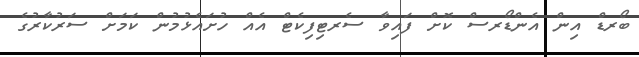
ބޯރޑް އިން އެންޑޯރސް ކޮށް ފައިވާ ސެރޓިފިކެޓް އެއް ހުށައެޅުމުން ކަމަށް ސަރުކާރުގެ